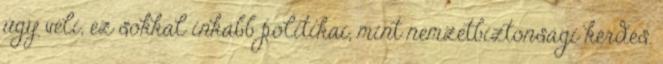
úgy véli, ez sokkal inkább politikai, mint nemzetbiztonsági kérdés.